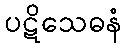
ပဋိသေဓနံ